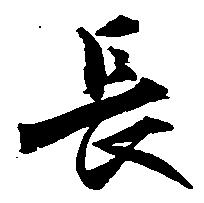
長